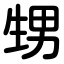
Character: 甥